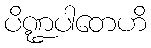
ပိဏ္ဍပါတေဟိ